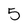
Character: 5